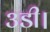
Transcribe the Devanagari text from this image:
३डी।